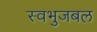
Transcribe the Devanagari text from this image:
स्वभुजबल